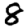
Digit: 8